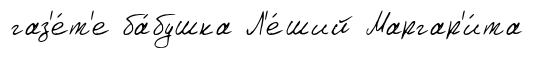
газ'е́т'е ба́бушка Л'е́ший Маргар'и́та